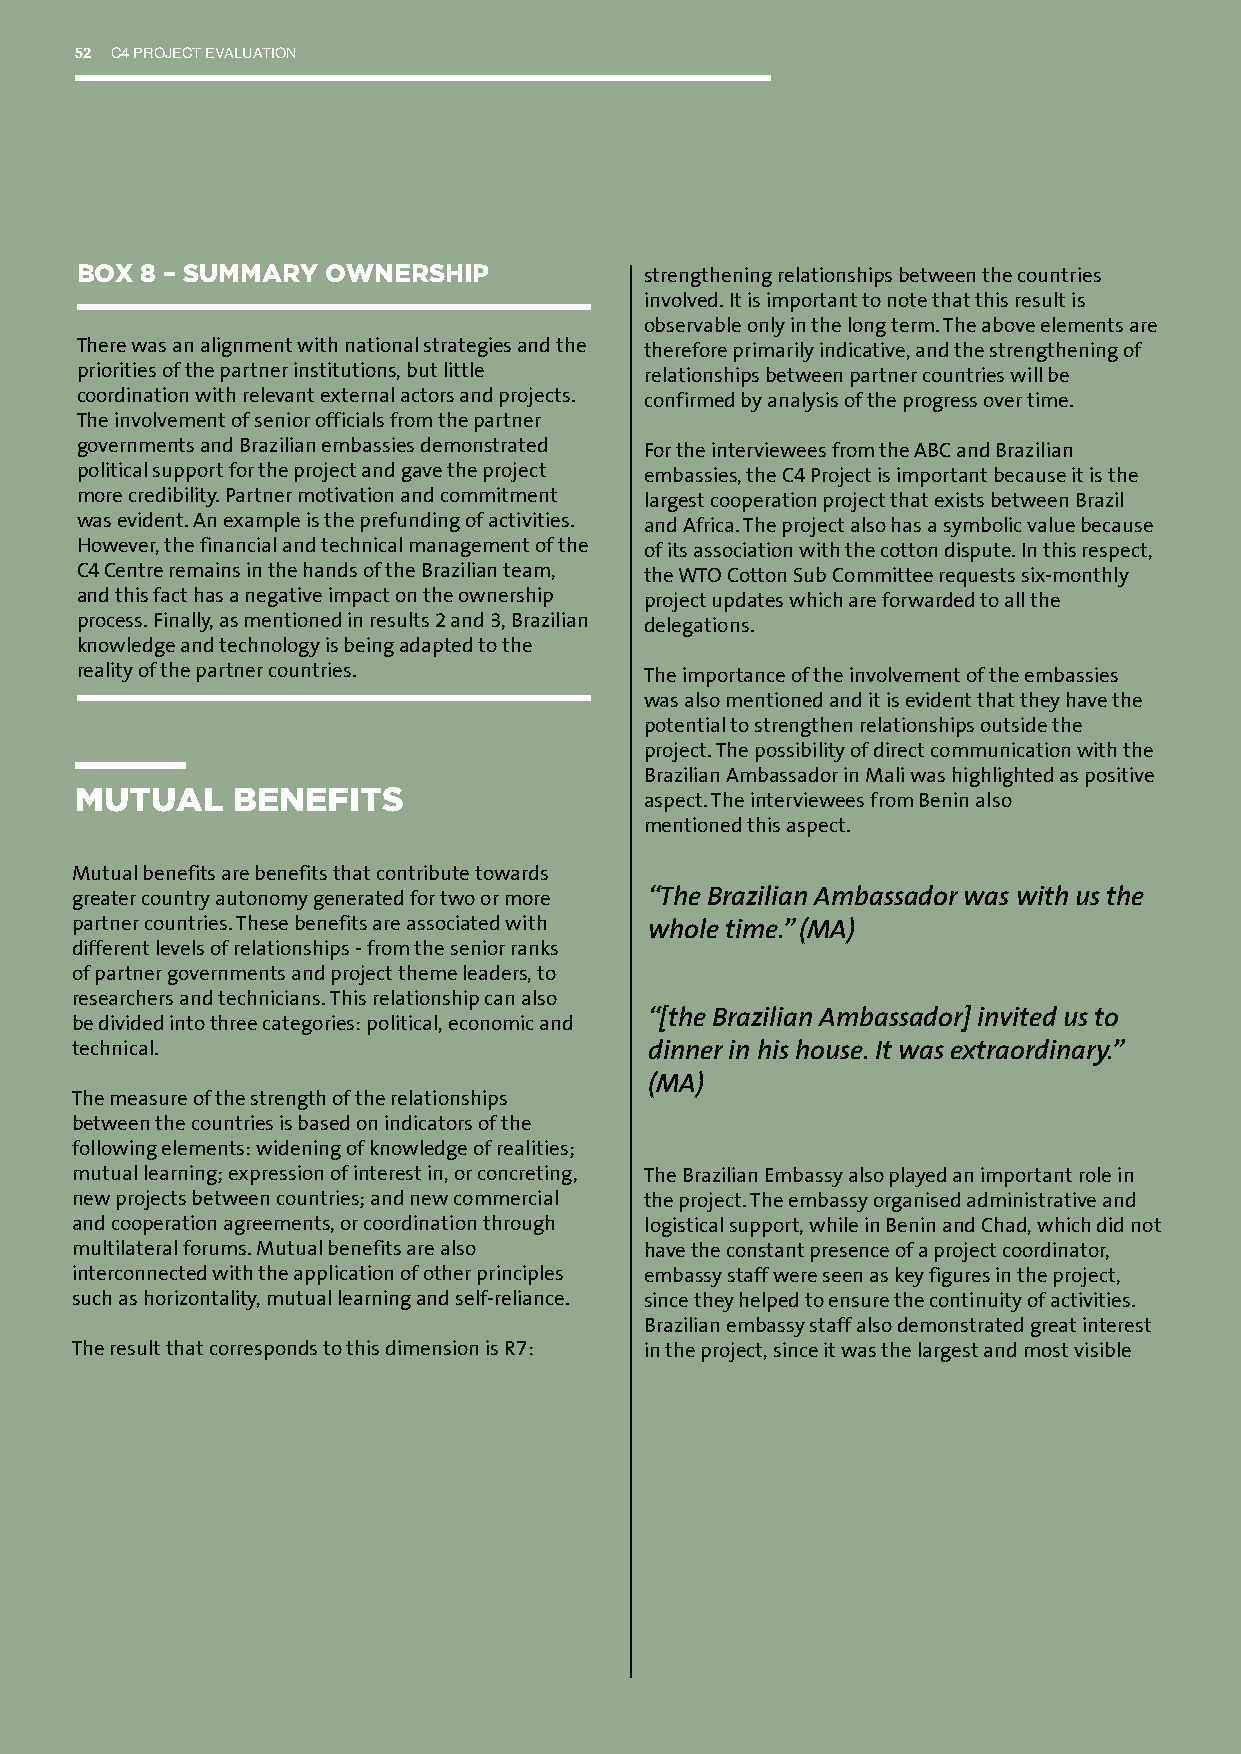
52 C4 PROJECT EVALUATION
 BOX 8 – SUMMARY  OWNERSHIP            strengthening relationships between the countries
 involved. It is important to note that this result is
 observable only in the long term. The above elements are
 There was an alignment with national strategies and the therefore primarily indicative, and the strengthening of
 priorities of the partner institutions, but little relationships between partner countries will be
 coordination with relevant external actors and projects. confirmed by analysis of the progress over time.
 The involvement of senior officials from the partner
 governments and Brazilian embassies demonstrated For the interviewees from the ABC and Brazilian
 political support for the project and gave the project embassies, the C4 Project is important because it is the
 more credibility. Partner motivation and commitment largest cooperation project that exists between Brazil
 was evident. An example is the prefunding of activities. and Africa. The project also has a symbolic value because
 However, the financial and technical management of the of its association with the cotton dispute. In this respect,
 C4 Centre remains in the hands of the Brazilian team, the WTO Cotton Sub Committee requests six-monthly
 and this fact has a negative impact on the ownership project updates which are forwarded to all the
 process. Finally, as mentioned in results 2 and 3, Brazilian delegations.
 knowledge and technology is being adapted to the
 reality of the partner countries.     The importance of the involvement of the embassies
 was also mentioned and it is evident that they have the
 potential to strengthen relationships outside the
 project. The possibility of direct communication with the
 Brazilian Ambassador in Mali was highlighted as positive
 MUTUAL    BENEFITS
 aspect. The interviewees from Benin also
 mentioned this aspect.
 Mutual benefits are benefits that contribute towards
 greater country autonomy generated for two or more “The Brazilian Ambassador was with us the
 partner countries. These benefits are associated with whole time.” (MA)
 different levels of relationships - from the senior ranks
 of partner governments and project theme leaders, to
 researchers and technicians. This relationship can also
 “[the Brazilian Ambassador] invited us to
 be divided into three categories: political, economic and
 technical.                            dinner in his house. It was extraordinary.”
 (MA)
 The measure of the strength of the relationships
 between the countries is based on indicators of the
 following elements: widening of knowledge of realities;
 mutual learning; expression of interest in, or concreting, The Brazilian Embassy also played an important role in
 new projects between countries; and new commercial the project. The embassy organised administrative and
 and cooperation agreements, or coordination through logistical support, while in Benin and Chad, which did not
 multilateral forums. Mutual benefits are also have the constant presence of a project coordinator,
 interconnected with the application of other principles embassy staff were seen as key figures in the project,
 such as horizontality, mutual learning and self-reliance. since they helped to ensure the continuity of activities.
 Brazilian embassy staff also demonstrated great interest
 The result that corresponds to this dimension is R7: in the project, since it was the largest and most visible